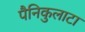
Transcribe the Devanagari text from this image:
पैनिकुलाटा